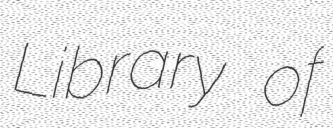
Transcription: Library of